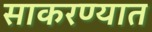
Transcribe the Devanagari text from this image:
साकरण्यात